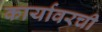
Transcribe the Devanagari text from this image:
कार्यावरची